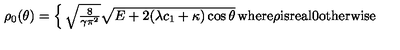
\rho _ { 0 } ( \theta ) = \left\{ \begin{matrix} { \sqrt { \frac { 8 } { \gamma \pi ^ { 2 } } } \sqrt { E + 2 ( \lambda c _ { 1 } + \kappa ) \cos { \theta } } } & { \mathrm { w h e r e } \rho \mathrm { i s r e a l } } \\ { 0 } & { \mathrm { o t h e r w i s e } } \\ \end{matrix} \right.